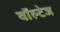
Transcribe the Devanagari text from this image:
वॉल्टेज